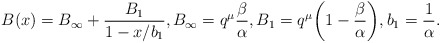
\begin{align*}& B(x)=B_{\infty}+\frac{B_1}{1-x/b_1}, B_{\infty}=q^{\mu}\frac{\beta}{\alpha}, B_1=q^{\mu}\biggl(1-\frac{\beta}{\alpha}\biggr), b_1=\frac{1}{\alpha}.\end{align*}